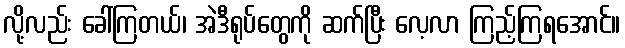
လို့လည်း ခေါ်ကြတယ်၊ အဲဒီရုပ်တွေကို ဆက်ပြီး လေ့လာ ကြည့်ကြရအောင်။